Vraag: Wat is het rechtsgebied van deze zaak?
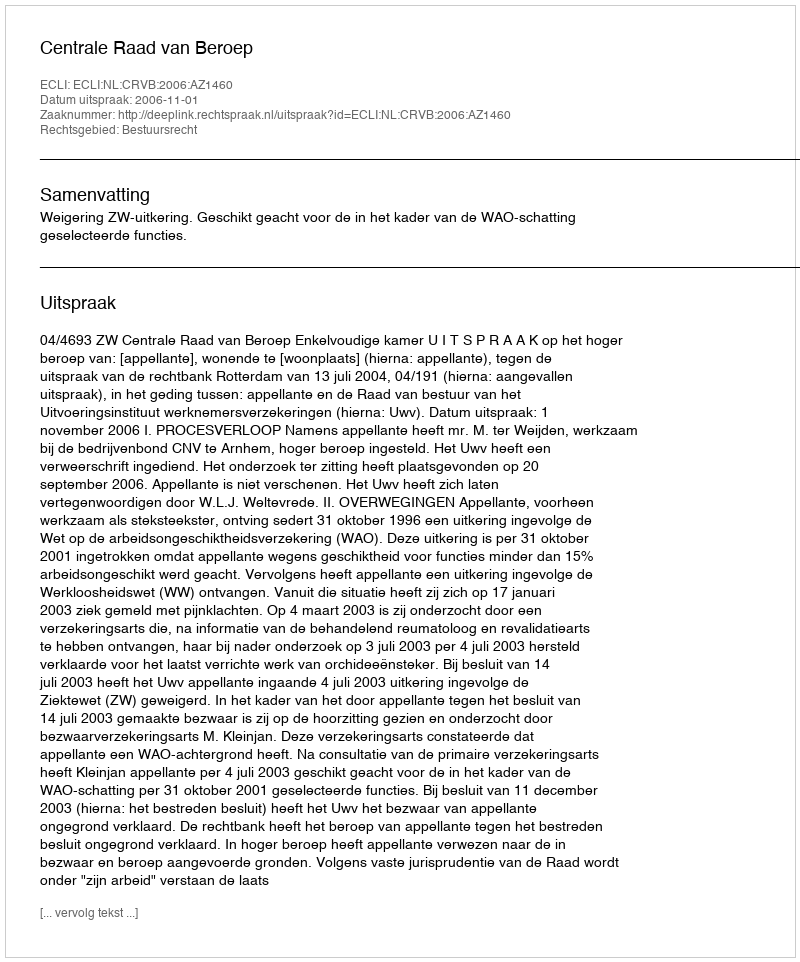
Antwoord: Bestuursrecht